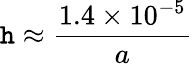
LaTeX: \mathtt{h}\approx{\frac{{1.4\times10^{-5}}}{{a}}}